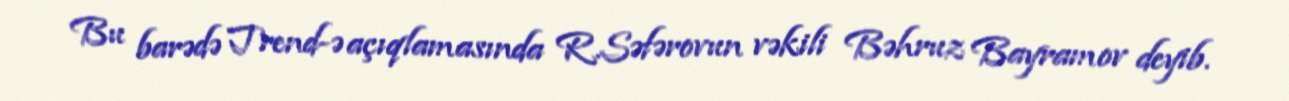
Bu barədə Trend-ə açıqlamasında R.Səfərovun vəkili Bəhruz Bayramov deyib.